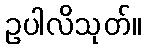
ဥပါလိသုတ်။